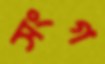
সংগ